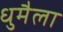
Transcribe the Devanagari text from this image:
धुमैला